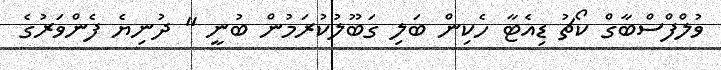
ވުލްފްސްބާގް ކޯޗު ޑިއެޓާ ހެކިން ބަލި ގަބޫލުކުރަމުން ބުނީ " ދުނިޔެ ފެންވަރުގެ